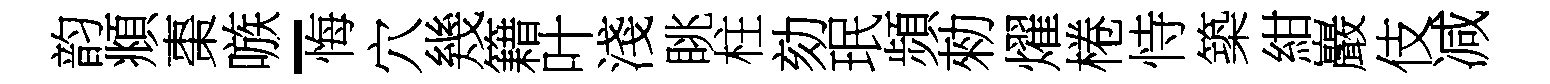
韵頫棗嗾-悔穴幾籍叶淺眺柱劾珉頻勑燿棬恃築紺巖伎减